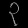
Digit: ၃